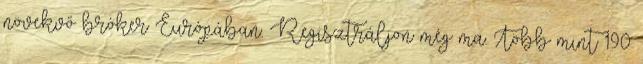
növekvő bróker Európában. Regisztráljon még ma. Több mint 190